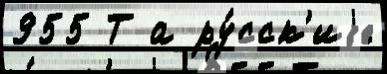
955 Т а ру́сск'иjе